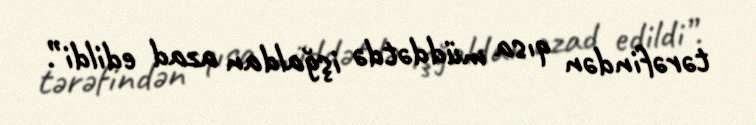
tərəfindən qısa müddətdə işğaldan azad edildi”.